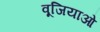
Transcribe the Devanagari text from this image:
वूजियाओ